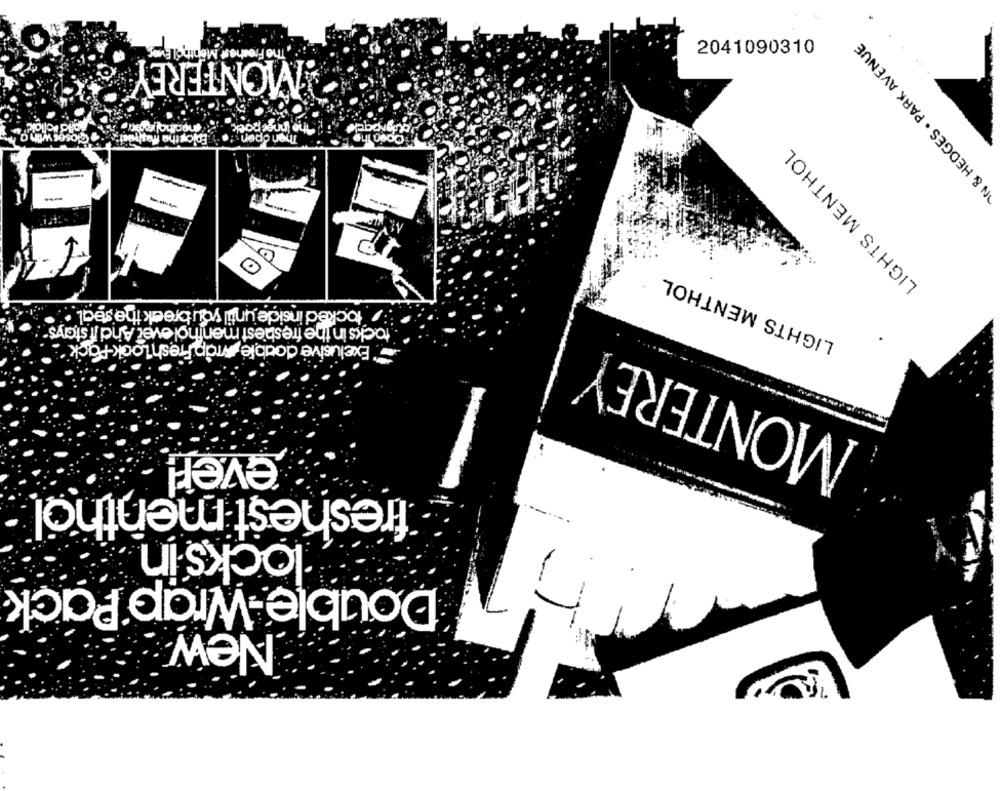
IN & HEDGES . PARK AVENUE
Freshest Month
MONTEREY
2041090310
Then open
LIGHTS MENTHOL
---
--
LIGHTS MENTHOL
stocked inside until you break the seal *
tocks in the freshest menthol over And if stays"
Exclusive double wrap Fresh Look-Pack '
MONTEREY
ever!
freshest menthol :
locks in
Double Wrap Pack
New